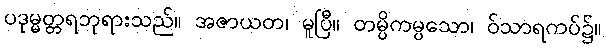
ပဒုမ္မတ္တရဘုရားသည်။ အဇာယတ၊ မူပြီ။ တမ္ပိကမ္ပသော၊ ဝ်သာရကပ်၌။